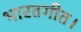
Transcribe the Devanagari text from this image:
भारतगीत।